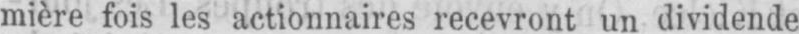
mière fois les actionnaires recevront un dividende